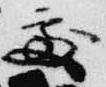
処